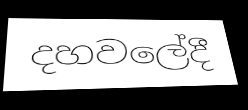
දහවලේදී